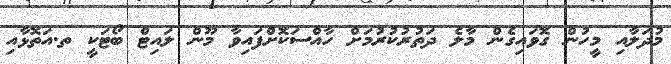
މުދަލާއި މީހުން ގޮވައިގެން މާލެ ދަތުރުކުރުމަށް ހާއްސަކޮށްފައިވާ މޫން ލައިޓް ބޯޓަކީ ތ.އަތޮޅާއި